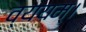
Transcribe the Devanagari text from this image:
व्ययम्।